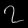
Digit: ၇